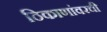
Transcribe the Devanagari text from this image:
ठिकाणांवरची